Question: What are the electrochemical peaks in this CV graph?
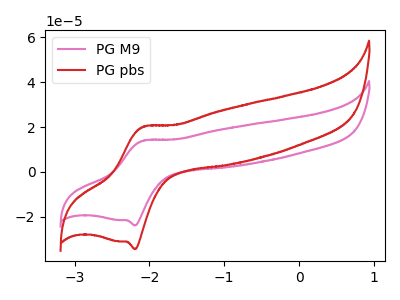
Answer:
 <answer>The pink curve "PG M9" has an anodic peak at (-2.10V, 13.95uA) and a cathodic peak at (-2.20V, -23.75uA). The red curve "PG pbs" has an anodic peak at (-2.10V, 20.10uA) and a cathodic peak at (-2.20V, -34.30uA).</answer>
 <eval></eval>